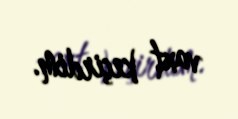
vaxt keçirdim.